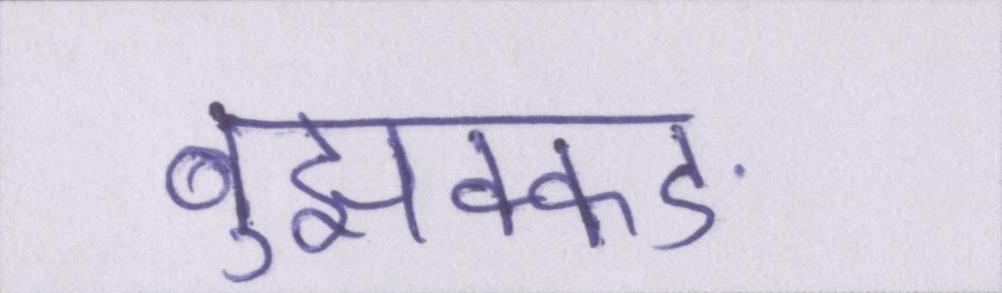
बुझक्कङ